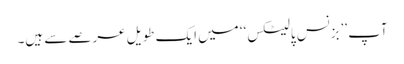
آپ ’’بزنس پالیٹکس‘‘ میں ایک طویل عرصے سے ہیں۔